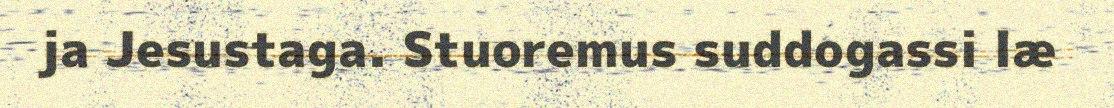
ja Jesustaga. Stuoremus suddogassi læ